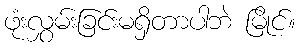
ဖုံးလွှမ်းခြင်းမရှိတာပါဘဲ မြိုင်။